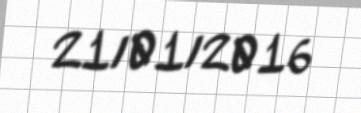
21/01/2016